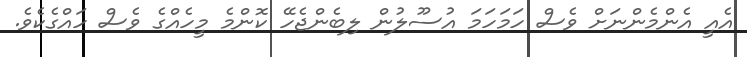
އެއީ އެންމެންނަށް ވެސް ހަމަހަމަ އުސޫލުން ލިބެންޖެހޭ ކޮންމެ މީހެއްގެ ވެސް ހައްގެކެވެ.